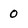
Character: 0